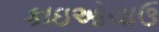
કાઇઓચાઉ